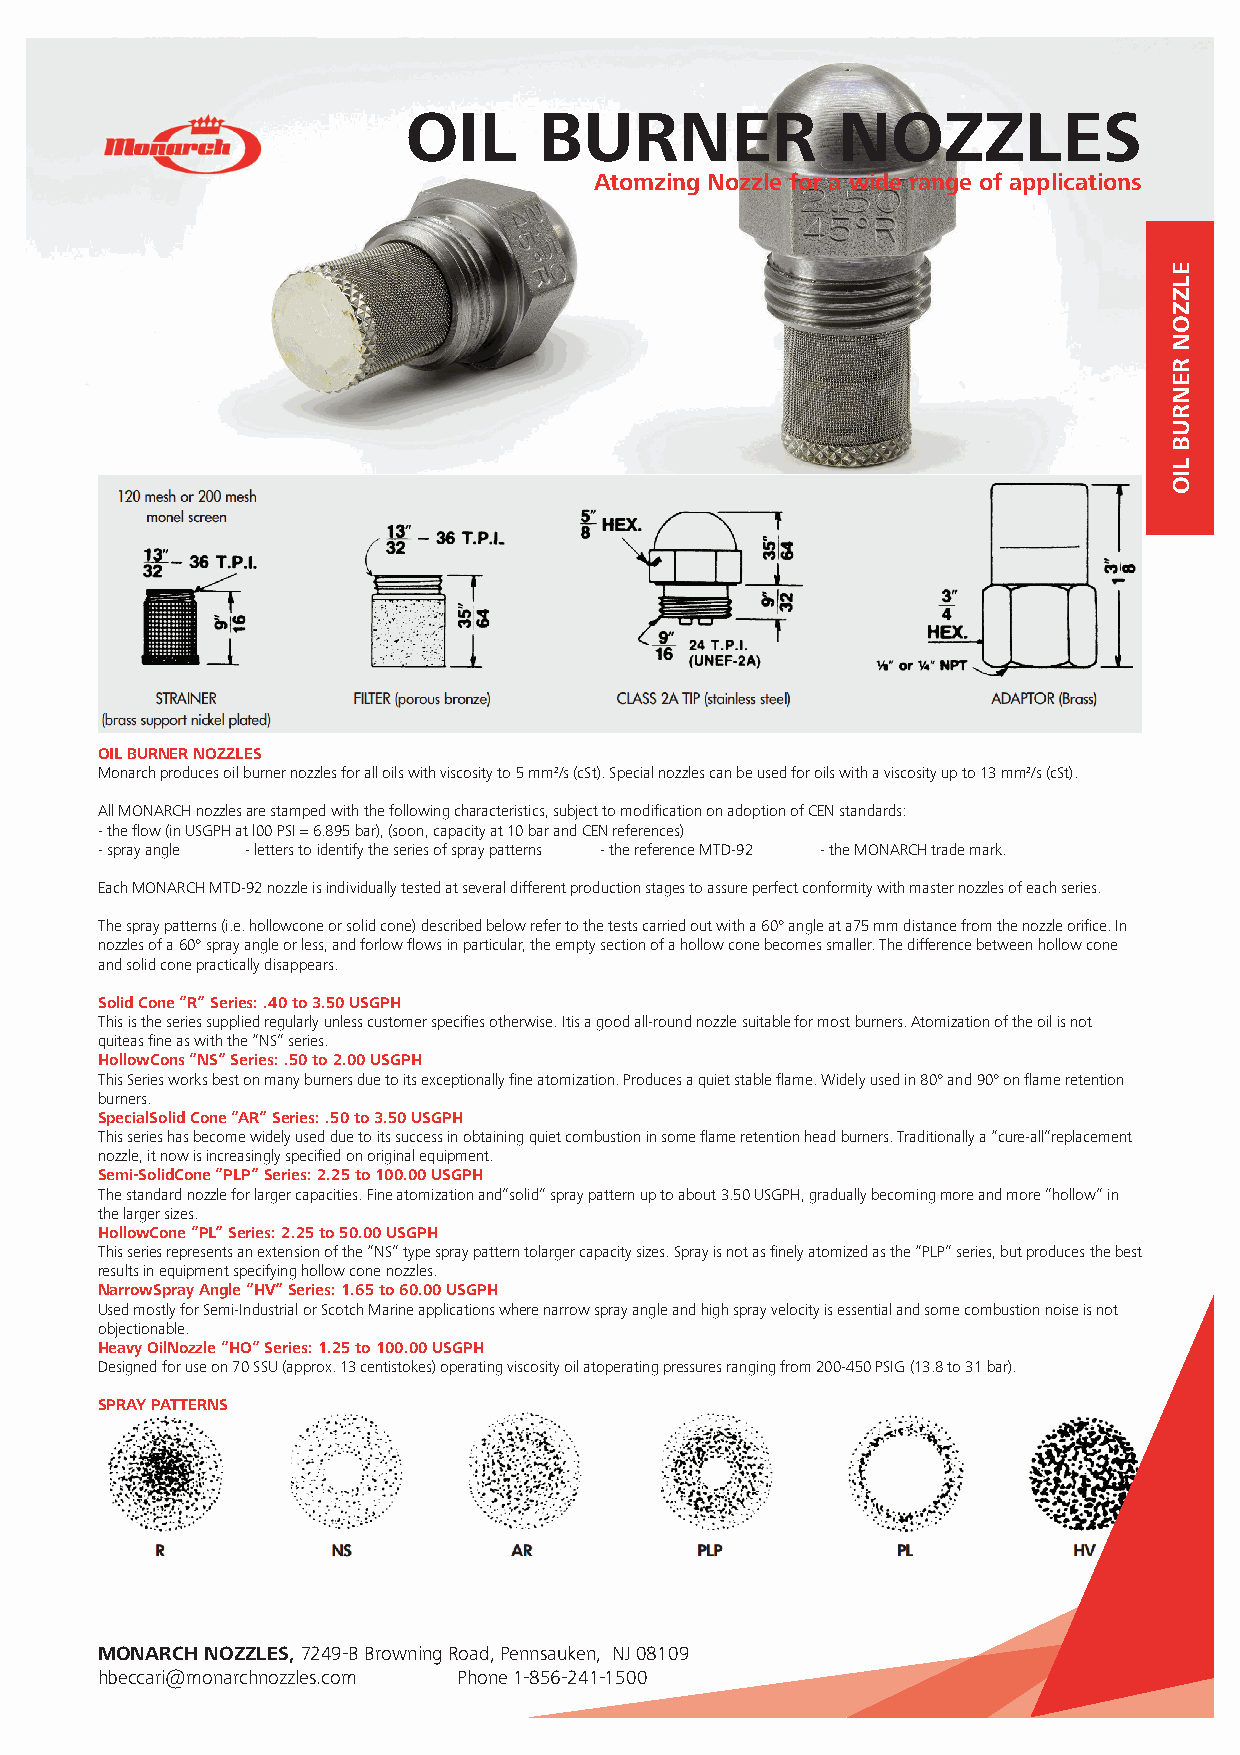
OIL      BURNER             NOZZLES
 Atomzing Nozzle for a wide range of applications
 OIL BURNER NOZZLES
 Monarch produces oil burner nozzles for all oils with viscosity to 5 mm2/s (cSt). Special nozzles can be used for oils with a viscosity up to 13 mm2/s (cSt).
 All MONARCH nozzles are stamped with the following characteristics, subject to modifi cation on adoption of CEN standards:
 - the fl ow (in USGPH at l00 PSI = 6.895 bar), (soon, capacity at 10 bar and CEN references)
 - spray angle - letters to identify the series of spray patterns - the reference MTD-92 - the MONARCH trade mark.
 Each MONARCH MTD-92 nozzle is individually tested at several different production stages to assure perfect conformity with master nozzles of each series.
 The spray patterns (i.e. hollowcone or solid cone) described below refer to the tests carried out with a 60° angle at a75 mm distance from the nozzle orifi ce. In
 nozzles of a 60° spray angle or less, and forlow fl ows in particular, the empty section of a hollow cone becomes smaller. The difference between hollow cone
 and solid cone practically disappears.
 Solid Cone “R” Series: .40 to 3.50 USGPH
 This is the series supplied regularly unless customer specifi es otherwise. Itis a good all-round nozzle suitable for most burners. Atomization of the oil is not
 quiteas fi ne as with the “NS” series.
 HollowCons “NS” Series: .50 to 2.00 USGPH
 This Series works best on many burners due to its exceptionally fi ne atomization. Produces a quiet stable fl ame. Widely used in 80° and 90° on fl ame retention
 burners.
 SpecialSolid Cone “AR” Series: .50 to 3.50 USGPH
 This series has become widely used due to its success in obtaining quiet combustion in some fl ame retention head burners. Traditionally a “cure-all”replacement
 nozzle, it now is increasingly specifi ed on original equipment.
 Semi-SolidCone “PLP” Series: 2.25 to 100.00 USGPH
 The standard nozzle for larger capacities. Fine atomization and”solid” spray pattern up to about 3.50 USGPH, gradually becoming more and more ”hollow” in
 the larger sizes.
 HollowCone “PL” Series: 2.25 to 50.00 USGPH
 This series represents an extension of the “NS” type spray pattern tolarger capacity sizes. Spray is not as fi nely atomized as the “PLP” series, but produces the best
 results in equipment specifying hollow cone nozzles.
 NarrowSpray Angle “HV” Series: 1.65 to 60.00 USGPH
 Used mostly for Semi-Industrial or Scotch Marine applications where narrow spray angle and high spray velocity is essential and some combustion noise is not
 objectionable.
 Heavy OilNozzle “HO“ Series: 1.25 to 100.00 USGPH
 Designed for use on 70 SSU (approx. 13 centistokes) operating viscosity oil atoperating pressures ranging from 200-450 PSIG (13.8 to 31 bar).
 SPRAY PATTERNS
 MONARCH NOZZLES, 7249-B Browning Road, Pennsauken, NJ 08109
 hbeccari@monarchnozzles.com Phone 1-856-241-1500
 ELZZON
 RENRUB
 LIO